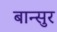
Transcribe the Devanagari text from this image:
बान्सुर